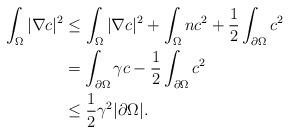
LaTeX: \begin{align*}\begin{aligned} \int_{\Omega}|\nabla c|^{2} &\le \int_{\Omega}|\nabla c|^{2}+\int_{\Omega}nc^{2}+\frac{1}{2}\int_{\partial\Omega}c^{2} \\&=\int_{\partial\Omega}\gamma c-\frac{1}{2}\int_{\partial\Omega}c^{2} \\&\le \frac{1}{2} \gamma^{2}|\partial \Omega|.\end{aligned}\end{align*}